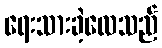
ရေးသားခဲ့လေသည်